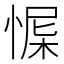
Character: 㥡